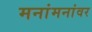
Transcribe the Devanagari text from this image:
मनांमनांवर